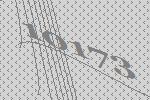
10173